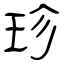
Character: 珍